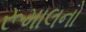
રૂમાલનો